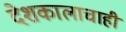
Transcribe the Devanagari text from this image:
देशकालाचाही